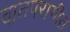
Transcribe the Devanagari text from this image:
वातपरागीत